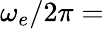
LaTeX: \omega_{e}/2\pi=